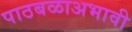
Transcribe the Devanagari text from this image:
पाठबळाअभावी